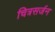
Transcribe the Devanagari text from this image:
चित्रसर्जन